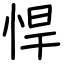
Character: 悍